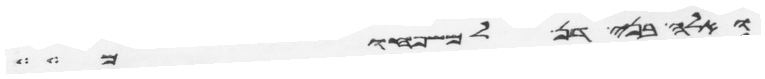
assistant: ואלה בני דן למשפחותם